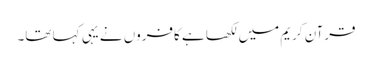
قرآن کریم میں لکھا ہے کافروں نے یہی کہا تھا۔